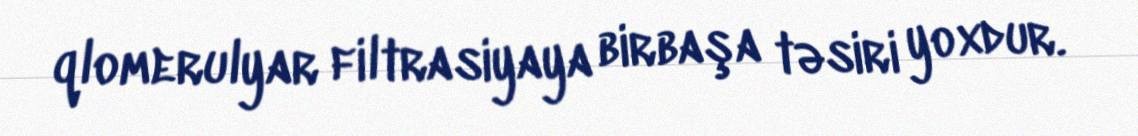
qlomerulyar filtrasiyaya birbaşa təsiri yoxdur.